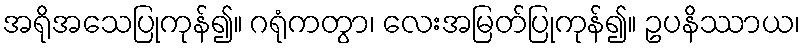
အရိုအသေပြုကုန်၍။ ဂရုံကတွာ၊ လေးအမြတ်ပြုကုန်၍။ ဥပနိဿာယ၊